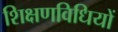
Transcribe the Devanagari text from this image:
शिक्षणविधियों